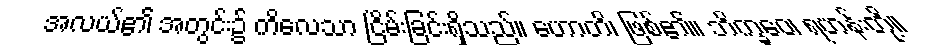
အလယ်၏ အတွင်း၌ ကိလေသာ ငြိမ်းခြင်းရှိသည်။ ဟောတိ၊ ဖြစ်၏။ ဘိက္ခဝေ၊ ရဟန်းတို့။